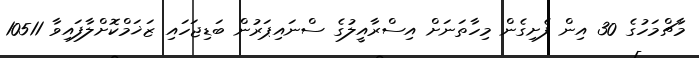
މާޗްމަހުގެ 30 އިން ފެށިގެން މިހާތަނަށް އިސްރާއީލުގެ ސްނައިޕަރުން ބަޑިޖަހައި ޒަޚަމްކޮށްލާފައިވާ 10511